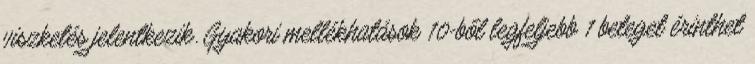
viszketés jelentkezik. Gyakori mellékhatások 10-ből legfeljebb 1 beteget érinthet